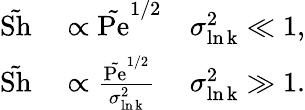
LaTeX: \begin{array}{rlr}{\tilde{\mathrm{Sh}}}&{{}\propto\tilde{\mathrm{Pe}}^{1/2}}&{\sigma_{\mathrm{\ln k}}^{2}\ll 1,}\\ {\tilde{\mathrm{Sh}}}&{{}\propto\frac{\tilde{\mathrm{Pe}}^{1/2}}{\sigma_{\mathrm{\ln k}}^{2}}}&{\sigma_{\mathrm{\ln k}}^{2}\gg 1.}\end{array}